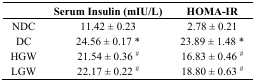
|  | Serum Insulin (mIU/L) | HOMA-IR |
 | --- | --- | --- |
 | NDC | 11.42 ± 0.23 | 2.78 ± 0.21 |
 | DC | 24.56 ± 0.17 * | 23.89 ± 1.48 * |
 | HGW | 21.54 ± 0.36 # | 16.83 ± 0.46 # |
 | LGW | 22.17 ± 0.22 # | 18.80 ± 0.63 # |